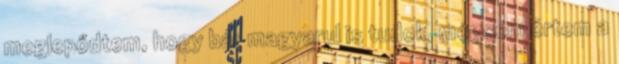
meglepődtem, hogy bár magyarul is tudok, mégsem értem a